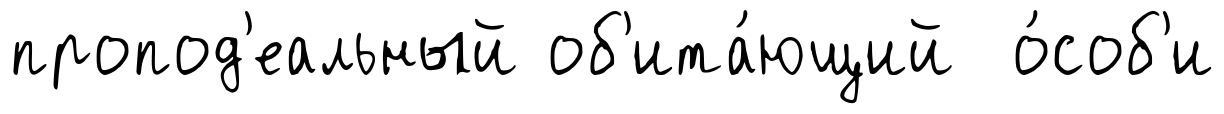
пропод'еальный об'ита́ющий о́соб'и